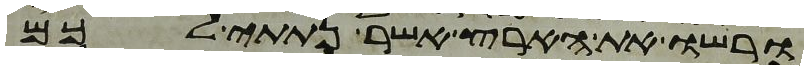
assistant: ורשו את הארץ אשר נתתי לכם